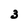
Character: 3